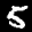
Label: 5